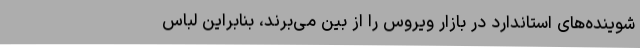
شوینده‌های استاندارد در بازار ویروس را از بین می‌برند، بنابراین لباس